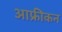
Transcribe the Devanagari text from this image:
आफ्रीकन